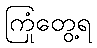
ကြုံတွေ့ရ